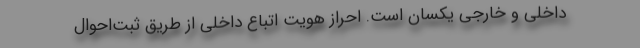
داخلی و خارجی یکسان است. احراز هویت اتباع داخلی از طریق ثبت‌احوال